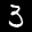
Label: 3